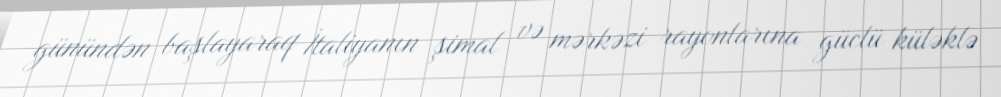
günündən başlayaraq İtaliyanın şimal və mərkəzi rayonlarına güclü küləklə